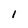
Character: 1